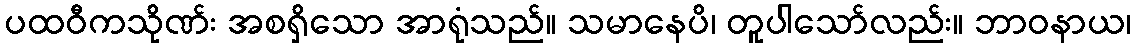
ပထဝီကသိုဏ်း အစရှိသော အာရုံသည်။ သမာနေပိ၊ တူပါသော်လည်း။ ဘာဝနာယ၊